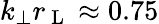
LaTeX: k_{\perp}r_{\mathrm{~L~}}\approx 0.75